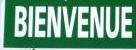
bienvenue